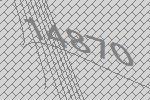
14870